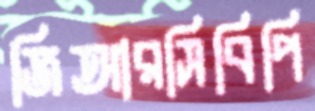
জিআরসিবিপি